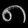
Digit: ၈